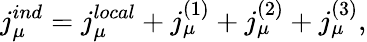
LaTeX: j_{\mu}^{ind}=j_{\mu}^{local}+j_{\mu}^{(1)}+j_{\mu}^{(2)}+j_{\mu}^{(3)},